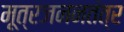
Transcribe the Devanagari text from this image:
मूत्रजननतंत्र